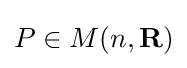
P\in M(n,\mathbf {R} )